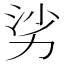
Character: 𪟜